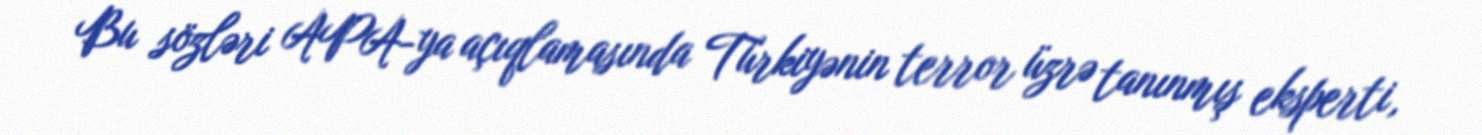
Bu sözləri APA-ya açıqlamasında Türkiyənin terror üzrə tanınmış eksperti,